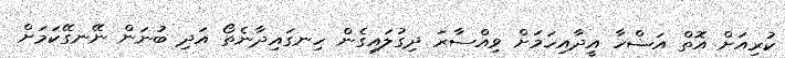
ކުރިއަށް އޮތް އަޟްހާ އީދާއިހަމަަށް ވިއްސާރަ ދިގުލައިގެން ހިނގައިދާނެތޯ އަދި ބުނަން ނޭނގޭކަމަށް